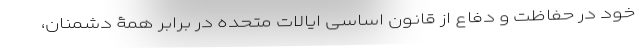
خود در حفاظت و دفاع از قانون اساسی ایالات متحده در برابر همۀ دشمنان،